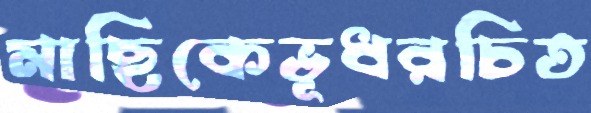
মাছিকেভূধরচিত